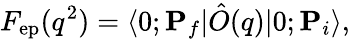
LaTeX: F_{\mathrm{ep}}(q^{2})=\langle 0;{\mathbf P}_{f}|\hat{O}(q)|0;{\mathbf P}_{i}\rangle,